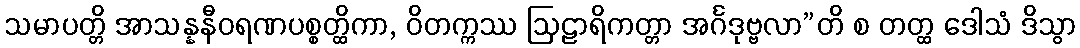
သမာပတ္တိ အာသန္နနီဝရဏပစ္စတ္ထိကာ, ဝိတက္ကဿ ဩဠာရိကတ္တာ အင်္ဂဒုဗ္ဗလာ”တိ စ တတ္ထ ဒေါသံ ဒိသွာ